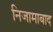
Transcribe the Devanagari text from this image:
निजामाबाद